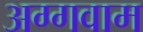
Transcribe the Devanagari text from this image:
अग्गवाम